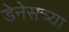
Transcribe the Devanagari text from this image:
डेनेसच्या